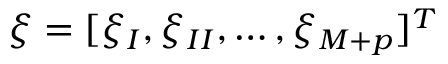
\boldsymbol { \xi } = [ \xi _ { I } , \xi _ { I I } , \dots , \xi _ { M + p } ] ^ { T }